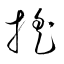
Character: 搖